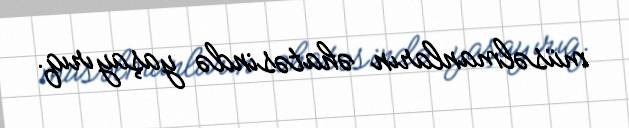
müsəlmanların əhatəsində yaşayırıq.